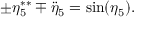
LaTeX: \pm \eta _ { 5 } ^ { \ast \ast } \mp \ddot { \eta } _ { 5 } = \sin ( \eta _ { 5 } ) .